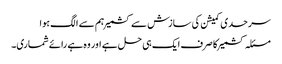
سرحدی کمیشن کی سازش سے کشمیر ہم سے الگ ہوا
مسئلہ کشمیر کا صرف ایک ہی حل ہے اور وہ ہے رائے شماری۔